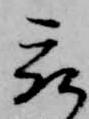
被